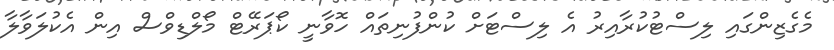
މެގެޒިންގައި ލިސްޓުކުރާއިރު އެ ލިސްޓަށް ކުންފުނިތައް ހޮވާނީ ކޯޕަރޭޓް މޯލްޑިވްސް އިން އެކުލަވާލާ